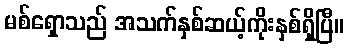
မစ်ရှောသည် အသက်နှစ်ဆယ့်ကိုးနှစ်ရှိပြီ။